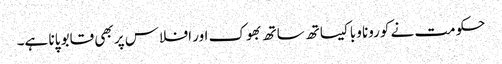
حکومت نے کورونا وبا کیساتھ ساتھ بھوک اور افلاس پر بھی قابو پانا ہے۔